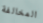
المخالفة